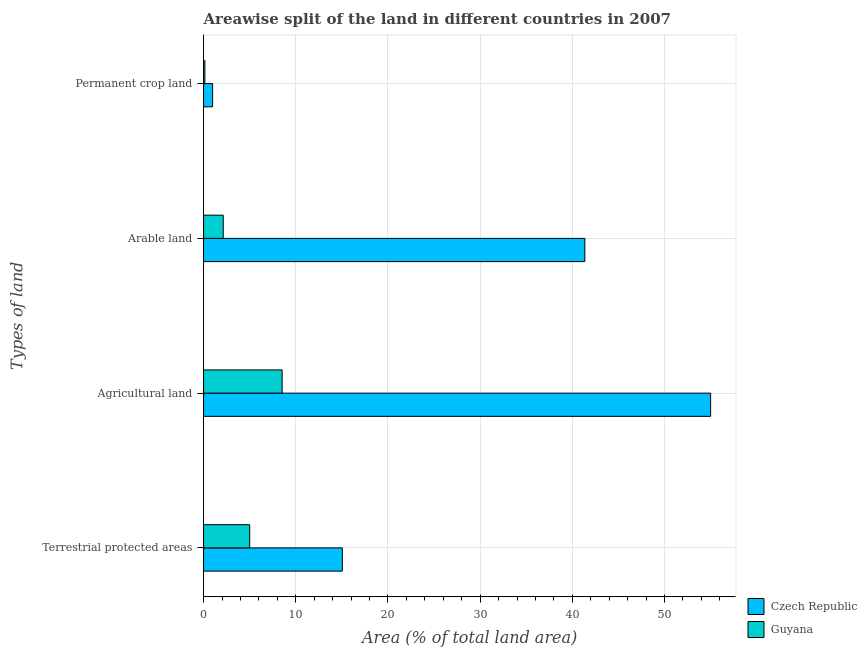
| Types of land | Czech Republic | Guyana |
 | --- | --- | --- |
 | Terrestrial protected areas | 15.1 | 5 |
 | Agricultural land | 55 | 8.52 |
 | Arable land | 41.4 | 2.13 |
 | Permanent crop land | 0.984 | 0.142 |